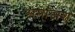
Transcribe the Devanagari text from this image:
समाजश्